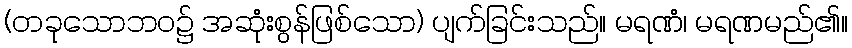
(တခုသောဘဝ၌ အဆုံးစွန်ဖြစ်သော) ပျက်ခြင်းသည်။ မရဏံ၊ မရဏမည်၏။